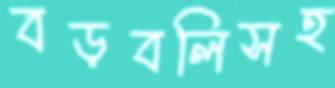
বড়বলিসহ